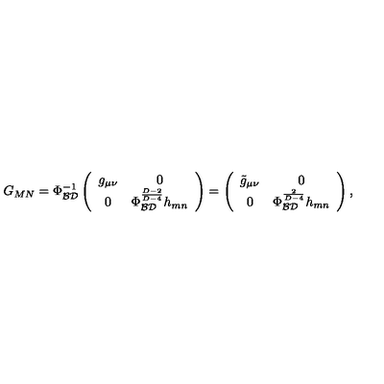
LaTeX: G _ { M N } = \Phi _ { \cal B D } ^ { - 1 } \left( \begin{array} { c c } { g _ { \mu \nu } } & { 0 } \\ { 0 } & { \Phi _ { \cal B D } ^ { \frac { D - 2 } { D - 4 } } h _ { m n } } \\ \end{array} \right) = \left( \begin{array} { c c } { \tilde { g } _ { \mu \nu } } & { 0 } \\ { 0 } & { \Phi _ { \cal B D } ^ { \frac { 2 } { D - 4 } } h _ { m n } } \\ \end{array} \right) ,